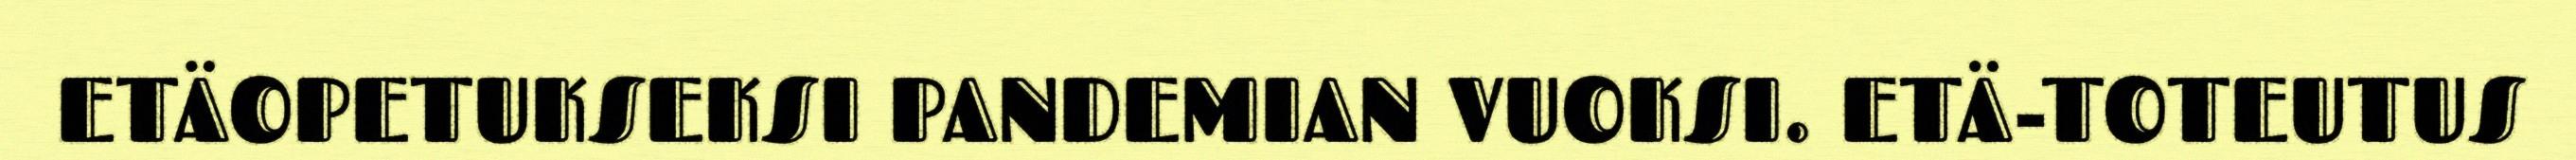
ETÄOPETUKSEKSI PANDEMIAN VUOKSI. ETÄ-TOTEUTUS